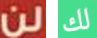
لن لك